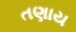
તણાય